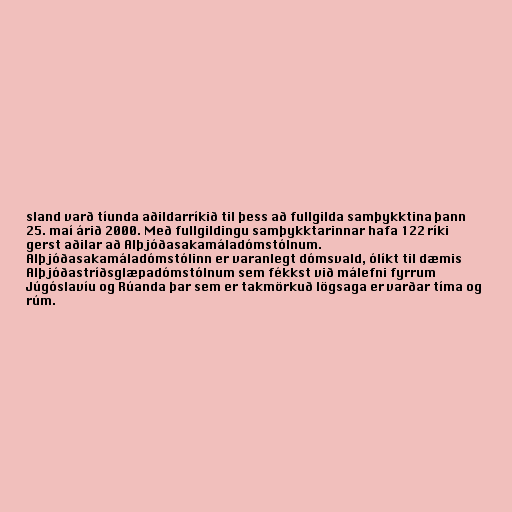
sland varð tíunda aðildarríkið til þess að fullgilda samþykktina þann
25. maí árið 2000. Með fullgildingu samþykktarinnar hafa 122 ríki
gerst aðilar að Alþjóðasakamáladómstólnum.
Alþjóðasakamáladómstólinn er varanlegt dómsvald, ólíkt til dæmis
Alþjóðastríðsglæpadómstólnum sem fékkst við málefni fyrrum
Júgóslavíu og Rúanda þar sem er takmörkuð lögsaga er varðar tíma og
rúm.